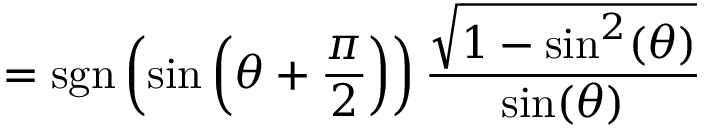
= \operatorname { s g n } \left( \sin \left( \theta + { \frac { \pi } { 2 } } \right) \right) { \frac { \sqrt { 1 - \sin ^ { 2 } ( \theta ) } } { \sin ( \theta ) } }